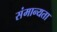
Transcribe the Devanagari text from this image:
संमान्यता